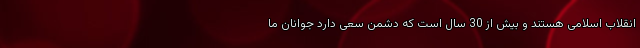
انقلاب اسلامی هستند و بیش از 30 سال است که دشمن سعی دارد جوانان‌ ما